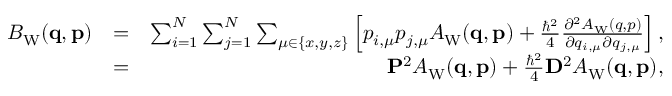
\begin{array} { r l r } { B _ { \mathrm { W } } ( \ensuremath { \mathbf { q } } , \ensuremath { \mathbf { p } } ) } & { = } & { \sum _ { i = 1 } ^ { N } \sum _ { j = 1 } ^ { N } \sum _ { \mu \in \{ x , y , z \} } \left[ p _ { i , \mu } p _ { j , \mu } A _ { \mathrm { W } } ( \ensuremath { \mathbf { q } } , \ensuremath { \mathbf { p } } ) + \frac { \hbar ^ { 2 } } { 4 } \frac { \partial ^ { 2 } A _ { \mathrm { W } } ( \b { q } , \b { p } ) } { \partial q _ { i , \mu } \partial q _ { j , \mu } } \right] , } \\ & { = } & { \ensuremath { \mathbf { P } } ^ { 2 } A _ { \mathrm { W } } ( \ensuremath { \mathbf { q } } , \ensuremath { \mathbf { p } } ) + \frac { \hbar ^ { 2 } } { 4 } \ensuremath { \mathbf { D } } ^ { 2 } A _ { \mathrm { W } } ( \ensuremath { \mathbf { q } } , \ensuremath { \mathbf { p } } ) , } \end{array}